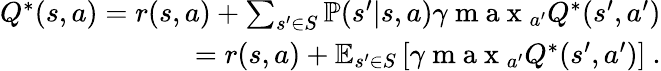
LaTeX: \begin{array}{r}{Q^{*}(s,a)=r(s,a)+\sum_{{s^{\prime}\in S}}\mathbb{P}(s^{\prime}|s,a)\gamma\mathrm{~m~a~x~}_{a^{\prime}}Q^{*}(s^{\prime},a^{\prime})}\\ {=r(s,a)+\mathbb{E}_{s^{\prime}\in S}\left[\gamma\mathrm{~m~a~x~}_{a^{\prime}}Q^{*}(s^{\prime},a^{\prime})\right]~.}\end{array}